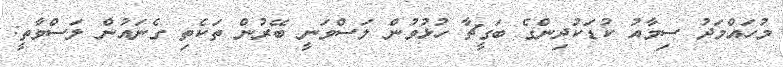
މުހައްމަދު ސިމާއު ކުޑަކުދިންގެ ބަގީޗާ ހުޅުވުން ލަސްވަނީ ބޭރުން ތަކެތި ގެނައުން ލަސްވާތީ: